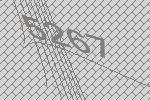
5267